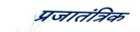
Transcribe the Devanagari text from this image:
प्रजातंत्रिक